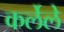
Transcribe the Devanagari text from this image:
कर्लेले